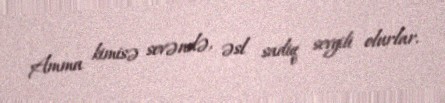
Amma kimisə sevəndə, əsl sadiq sevgili olurlar.